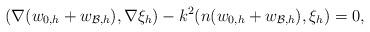
LaTeX: \begin{align*}(\nabla(w_{0,h}+w_{\mathcal{B},h}), \nabla\xi_h )-k^2(n(w_{0,h}+w_{\mathcal{B},h}), \xi_h)=0,\end{align*}